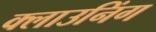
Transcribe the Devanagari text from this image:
क्लाउनिंग